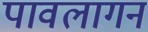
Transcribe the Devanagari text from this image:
पावलागन